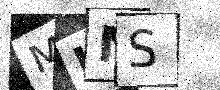
Text: MLNS